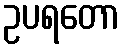
ဥပရတော